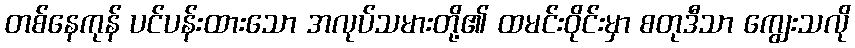
တစ်နေကုန် ပင်ပန်းထားသော အလုပ်သမားတို့၏ ထမင်းဝိုင်းမှာ စတုဒီသာ ကျွေးသလို